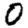
Digit: 0